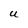
Character: U